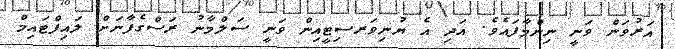
އަރުވަން ވަނީ ނިންމާފައެވެ. އަދި އެ ޔުނިވަރސިޓީއިން ވަނީ ސަލްމާނު ރަސްގެފާނަށް ލައިފްޓައިމް